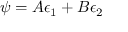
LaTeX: \psi = A \epsilon _ { 1 } + B \epsilon _ { 2 }